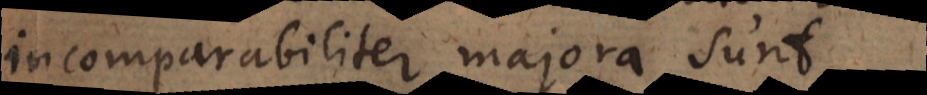
incomparabiliter majora sunt.